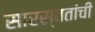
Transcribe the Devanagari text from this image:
सारस्वतांची